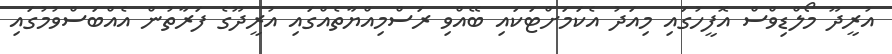
އުރީދޫ މޯލްޑިވްސް އޮފީހުގައި މިއަދު އެކަމަށްޓަކައި ބޭއްވި ރަސްމިއްޔާތެއްގައި އުރީދޫގެ ފަރާތުން އެއްބަސްވުމުގައި